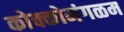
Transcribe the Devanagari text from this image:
कोक्कोमंगळम